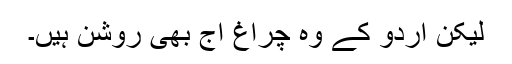
لیکن اردو کے وہ چراغ آج بھی روشن ہیں۔